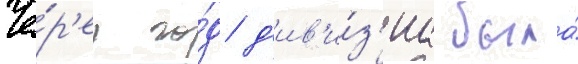
Че́р'ез го́д д'ив'и́з'иа была́